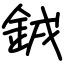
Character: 銊